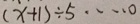
( x + 1 ) \div 5 \cdots 0